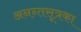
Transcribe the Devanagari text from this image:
अनन्तसूत्रका